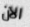
الآن